Vital statistics of India. Vol. V, Reports of 1876 on armies & jails and on epidemic cholera
Year: 1876
Disease focus: Cholera
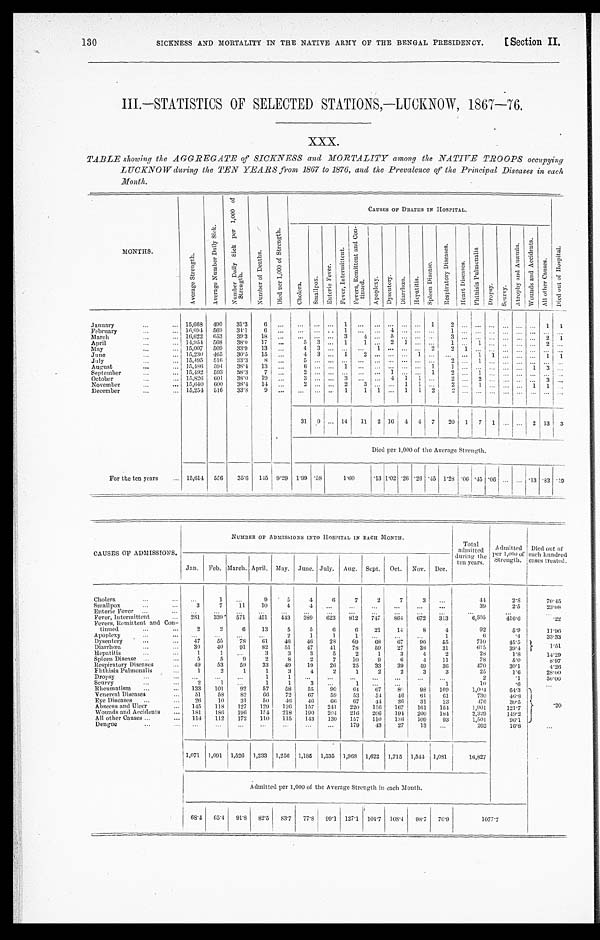
SICKNESS AND MORTALITY IN THE NATIVE ARMY OF THE BENGAL PRESIDENCY.
[Section II
130
III.—STATISTICS OF SELECTED STATIONS,—LUCKNOW, 1867—76.
XXX.
TABLE showing the AGGREGATE of SICKNESS and MORTALITY among the NATIVE TROOPS occupying
LUCKNOW during the TEN YEARS from 1867 to 1876, and the Prevalence of the Principal Diseases in each Month.
MONTHS.
A v e r a g e S t r e n g t h .
A v e r a g e N u m b e r D a i l y S i c k .
N u m b e r D a i l y S i c k p e r 1 , 0 0 0 o f S t r e n g t h .
N u m b e r o f D e a t h s .
D i e d p e r 1 , 0 0 0 o f S t r e n g t h .
CAUSES OF DEATHS IN HOSPITAL.
D i e d o u t o f H o s p i t a l .
C h o l e r a .
S m a l l p o x .
E n t e r i c F e v e r .
F e v e r , I n t e r m i t t e n t .
F e v e r s , R e m i t t e n t a n d C o n - t i n u e d .
A p o p l e x y .
Dys e nt e r y.
D i a r r h œ a .
H e p a t i t i s .
S p l e e n D i s e a s e .
R e s p i r a t o r y D i s e a s e s .
H e a r t D i s e a s e s .
P h t h i s i s P u l m o n a l i s .
D r o p s y .
S c u r v y .
A t r o p h y a n d A n a e m i a .
W o u n d s a n d A c c i d e n t s
A l l o t h e r C a u s e s .
January . . .
15,668
490
31.3
6
. . .
. . .
. . .
. . .
1
. . .
. . .. . .
. . .
. . .
1
2
. . .
. . .
. . .
. . .
. . .
. . .
1
1
February . . .
16,694
569
34.1
6
. . .
. . .
. . .
. . . 1
. . .
. . . 4
. . .
. . .
. . . 1
. . .
. . .
. . .
. . .
. . .
. . .
. . .
. . .
March . . .
16,622
653
39.3
18
. . .
. . .
. . .
. . .
3
4
. . . 5
. . . . . .
. . . 3
. . .
. . .
. . .
. . .
. . .
. . . 2
1
April . . .
14,954
568
38.0
17
. . .
5
3
. . .
1
1
. . . 2
1
. . .
. . .
1
. . .
1
. . .
. . .
. . .
. . .
2
. . .
May . . .
15,007
509
33.9
13
. . . 4
3
. . . . . .
. . .
1 . . .
. . .
. . .
2 2
1
. . .
. . .
. . .
. . .
. . .
. . .
. . .
June . . .
15,230
465
30.5
15
. . .
4
3
. . .
1
2
. . .. . .
. . .
1
. . . . . .
. . .
1
1
. . .
. . .
. . .
1
1
July . . .
15,495
516
33.3
8
. . . 5
. . .
. . . . . .
. . .
. . .. . .
. . .
. . .
. . . 2
. . .
1
. . .
. . .
. . .
. . .
. . .
. . .
August . . .
15,486
594
38.4
13
. . .
6
. . .
. . . 1
. . .
. . . . . .
. . .
. . .
1
1
. . .
. . .
. . .
. . .
. . .
1 3
. . .
September . . .
15,492
593
3 8 . 3
7
. . . 2
. . .
. . . . . .
. . .
. . .1
. . .
. . .
1
2
. . .
1
. . .
. . .
. . .
. . .
. . .
. . .
October . . .
15,826
601
38.0
1 9
. . . 3
. . .
. . . 3
. . .
. . .4
1
1
. . .
2
. . .
2
. . .
. . .
. . .
. . .
3
. . .
November . . .
15,640
600
38.4
14
. . . 2
. . .
. . .
2
3
. . .. . .
1
1
. . .
2
. . . 1
. . .
. . . . . .
1
1
. . .
December . . .
15,254
516
33.8
9
. . . . . .
. . .
. . .
1
1
1 . . .
1
1
2
2
. . .
. . .
. . .
. . .
. . .
. . .
. . .
. . .
31
9 . . . 14
11
2 16
4
4
7
20
1
7
1
. . .
. . .
2 13
3
Died per 1,000 of the Average Strength.
For the ten years . . .
15,614
556
35.6
145 9.29 1.99 .58
1.60
.13 1.02 .26 .26 .45 1.28 .06 .45 .06
. . .
. . . .13 .83 .19
CAUSES OF ADMISSIONS.
NUMBER OF ADMISSIONS INTO HOSPITAL IN EACH MONTH.
Total
admitted
during the
ten years.
Admitted
per 1,000 of
Strength.
Died out of
each hundred
cases treated.
Jan.
Feb. March. April. May.
June. July.
Aug.
Sept.
Oct.
Nov.
Dec.
Cholera . . .
. . .
1
. . .
9
5
4
6
7
2
7
3
. . .
4 4
2.8
70.45
Smallpox . . .
3
7
11
10
4
4
. . .
. . .
. . .
. . .
. . .
. . .
39
2.5
23.08
Enteric Fever . . .
. . .
. . .
. . .
. . .
. . .
. . .
. . .
. . .
. . .
. . .
. . .
. . .
. . .
. . .
. . .
Fever, Intermittent . . .
281
339
571
451
443
389
623
812
747
864
672
313
6,505
416.6
.22
Fevers, Remittent and Con
-
t i n u e d . . .
2
2
6
13
5
5
6
6
21
14
8
4
92
5.9
11.96
Apoplexy . . .
. . .
. . .
. . .
. . .
2
1
1
1
. . .
. . .
. . .
1
6
.4
33.33
Dysentery . . .
47
55
78
61
46
46
28
69
68
67
90
55
710
45.5
1.51
Diarrhœa . . .
30
40
91
82
51
47
41
78
59
27
38
31
615
39.4
Hepatitis . . .
1
1
. . .
3
3
3
5
2
1
3
4
2
28
1.8
14.29
Spleen Disease . . .
5
5
9
2
8
2
7
10
9
6
4
11
78
5.0
8.97
Respiratory Diseases . . .
49
53
59
33
49
19
26
25
33
39
49
36
470
30.1
4. 26
Phthisis Pulmonalis . . .
1
2
1
1
3
4
2
1
2
2
3
3
2 5
1.6
28.00
Dropsy . . .
. . .
. . .
. . .
1
1
. . .
. . .
. . .
. . .
. . .
. . .
. . .
2
.1
50.00
Scurvy . . .
2
1
. . .
1
1
3
. . .
1
. . .
. . .
. . .
1
10
.6
. . .
Rheumatism . . .
133
101
92
57
58
55
90
64
67
80
98
109
1,004
64.3
. 2 0
Venereal Diseases . . .
51
58
82
66
72
67
59
53
54
46
61
61
730
46.8
Eye Diseases . . .
26
10
31
50
46
46
66
67
44
36
31
23
476
30.5
Abscess and Ulcer . . .
145
118
127
129
126
157
241
220
156
167
161
154
1,901
121.7
Wounds and Accidents . . .
181
1 8 6
196
154
218
190
204
216
206
194
200
184
2,329
1 4 9 . 2
All other Causes . . .
114
112
172
110
115
143
130
157
110
136
109
93
1,501
9 6 . 1
Dengue . . .
. . .
. . .
. . .
. . .
. . .
. . .
. . .
179
43
27
13
. . .
262
1 6 . 8
. . .
1,071
1,091
1,526 1,233
1,256
1,185
1,535
1,968
1,622
1,715
1,544
1,081
16,827
Admitted per 1,000 of the Average Strength in each Mouth.
68.4
65.4
91.8
82.5
83.7
77.8
99.1
127.1
104.7
108.4
98.7
70.9
1077.7